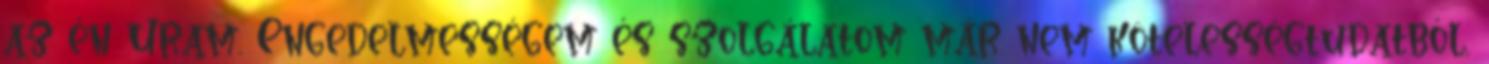
az én Uram. Engedelmességem és szolgálatom már nem kötelességtudatból,